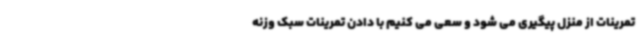
تمرینات از منزل پیگیری می شود و سعی می کنیم با دادن تمرینات سبک وزنه